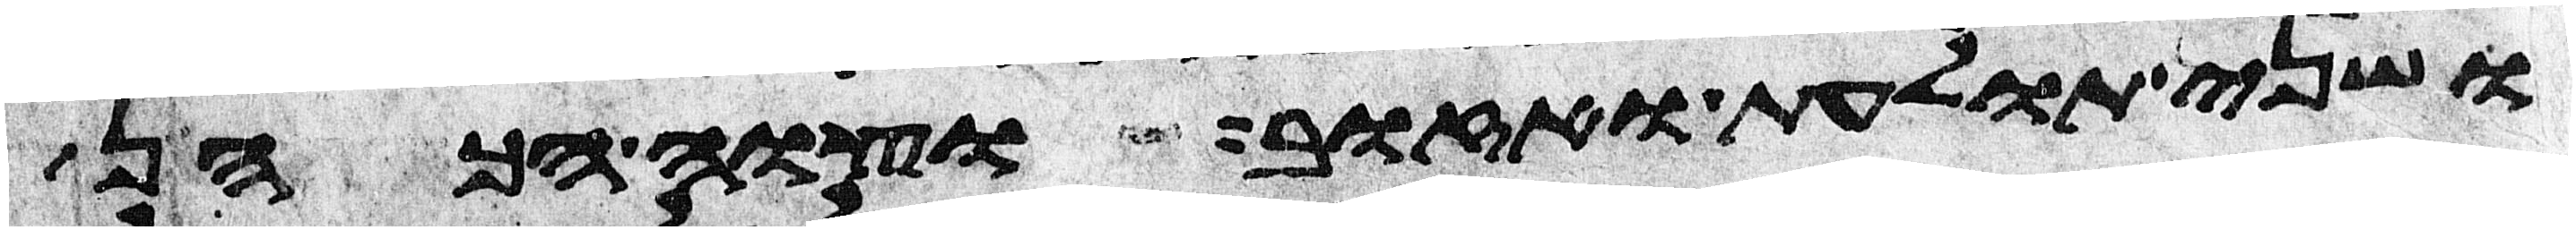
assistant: ושני תולעת ואזוב וצוה הכהן